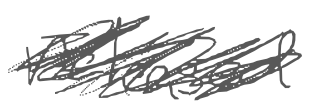
Text: released
Cross-out: scratch
Writing tool: digital_gray